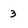
Character: 3